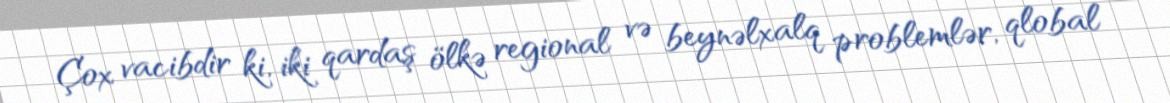
Çox vacibdir ki, iki qardaş ölkə regional və beynəlxalq problemlər, qlobal